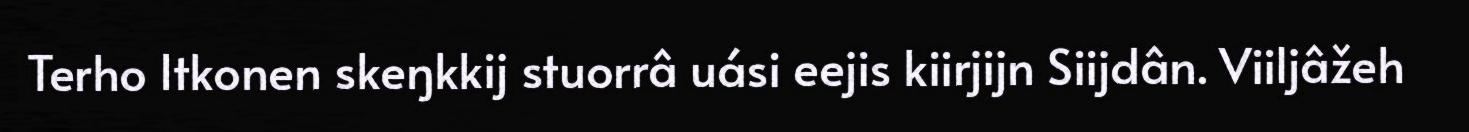
Terho Itkonen skeŋkkij stuorrâ uási eejis kiirjijn Siijdân. Viiljâžeh